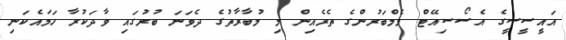
އައީސީސީގެ އެސޯސިއޭޓް މެމްބަރުންގެ ތެރެއިން މި މުބާރާތުގެ ދެވަނަ ބުރުގައި ވާދަކުރާ ހަމައެކަނި